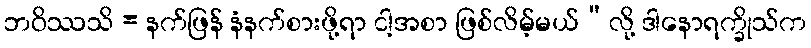
ဘဝိဿသိ = နက်ဖြန် နံနက်စားဖို့ရာ ငါ့အစာ ဖြစ်လိမ့်မယ်”လို့ ဒါနောရက္ခိုသ်က